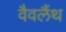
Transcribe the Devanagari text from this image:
वैवलैंथ